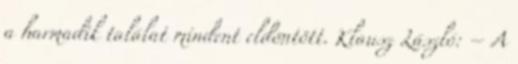
a harmadik találat mindent eldöntött. Klausz László: – A